Indian journal of veterinary science and animal husbandry - Volumes 24-25, 1954-1955
Year: 1954
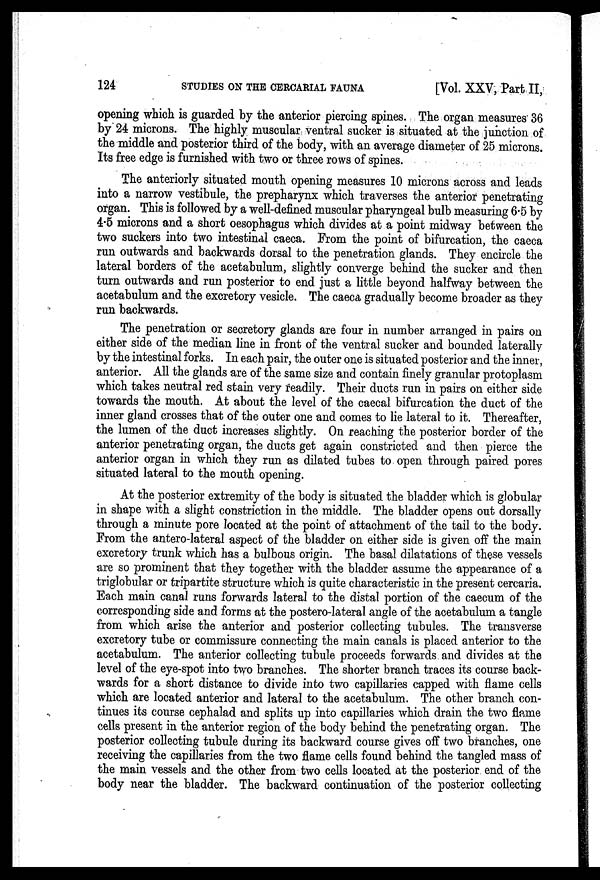
124
STUDIES ON THE CERCARIAL FAUNA
[Vol. XXV, Part II,
opening which is guarded by the anterior piercing spines. The organ measures 36
by 24 microns. The highly muscular ventral sucker is situated at the junction of
the middle and posterior third of the body, with an average diameter of 25 microns.
Its free edge is furnished with two or three rows of spines.
The anteriorly situated mouth opening measures 10 microns across and leads
into a narrow vestibule, the prepharynx which traverses the anterior penetrating
organ. This is followed by a well-defined muscular pharyngeal bulb measuring 6.5 by
4.5 microns and a short oesophagus which divides at a point midway between the
two suckers into two intestinal caeca. From the point of bifurcation, the caeca
run outwards and backwards dorsal to the penetration glands. They encircle the
lateral borders of the acetabulum, slightly converge behind the sucker and then
turn outwards and run posterior to end just a little beyond halfway between the
acetabulum and the excretory vesicle. The caeca gradually become broader as they
run backwards.
The penetration or secretory glands are four in number arranged in pairs on
either side of the median line in front of the ventral sucker and bounded laterally
by the intestinal forks. In each pair, the outer one is situated posterior and the inner,
anterior. All the glands are of the same size and contain finely granular protoplasm
which takes neutral red stain very readily. Their ducts run in pairs on either side
towards the mouth. At about the level of the caecal bifurcation the duct of the
inner gland crosses that of the outer one and comes to lie lateral to it. Thereafter,
the lumen of the duct increases slightly. On reaching the posterior border of the
anterior penetrating organ, the ducts get again constricted and then pierce the
anterior organ in which they run as dilated tubes to open through paired pores
situated lateral to the mouth opening.
At the posterior extremity of the body is situated the bladder which is globular
in shape with a slight constriction in the middle. The bladder opens out dorsally
through a minute pore located at the point of attachment of the tail to the body.
From the antero-lateral aspect of the bladder on either side is given off the main
excretory trunk which has a bulbous origin. The basal dilatations of these vessels
are so prominent that they together with the bladder assume the appearance of a
triglobular or tripartite structure which is quite characteristic in the present cercaria.
Each main canal runs forwards lateral to the distal portion of the caecum of the
corresponding side and forms at the postero-lateral angle of the acetabulum a tangle
from which arise the anterior and posterior collecting tubules. The transverse
excretory tube or commissure connecting the main canals is placed anterior to the
acetabulum. The anterior collecting tubule proceeds forwards and divides at the
level of the eye-spot into two branches. The shorter branch traces its course back-
wards for a short distance to divide into two capillaries capped with flame cells
which are located anterior and lateral to the acetabulum. The other branch con-
tinues its course cephalad and splits up into capillaries which drain the two flame
cells present in the anterior region of the body behind the penetrating organ. The
posterior collecting tubule during its backward course gives off two branches, one
receiving the capillaries from the two flame cells found behind the tangled mass of
the main vessels and the other from two cells located at the posterior end of the
body near the bladder. The backward continuation of the posterior collecting